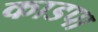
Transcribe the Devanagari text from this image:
काडपा